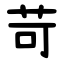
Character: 苛